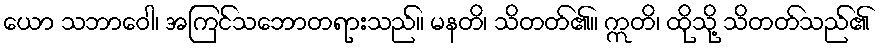
ယော သဘာဝေါ၊ အကြင်သဘောတရားသည်။ မနတိ၊ သိတတ်၏။ ဣတိ၊ ထိုသို့ သိတတ်သည်၏